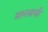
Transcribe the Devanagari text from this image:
मल्लाची